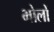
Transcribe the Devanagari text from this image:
भोलों